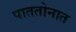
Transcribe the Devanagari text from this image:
पाततोनात